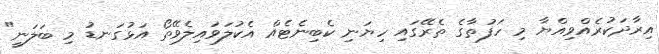
އިރާދަކުރެއްވިއްޔާ މި ހަފުތާގެ ތެރޭގައި ހިޔަނި ކެބިނެޓެއް އެކުލަވައިލެވޭތޯ އަޅުގަނޑު މި ބަލަނީ"